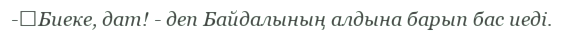
-	Биеке, дат! - деп Байдалының алдына барып бас иеді.